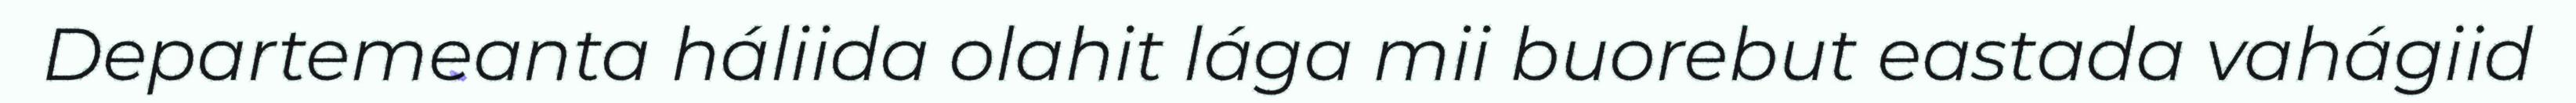
Departemeanta háliida olahit lága mii buorebut eastada vahágiid